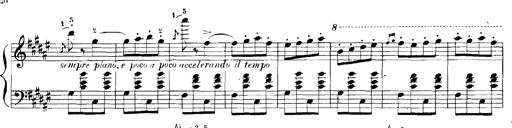
Title: Rhapsodies hongroises
Composer: Franz Liszt